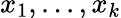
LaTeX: x_{1},...,x_{k}